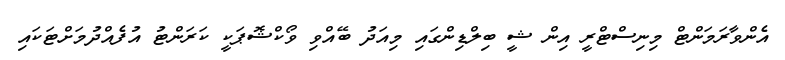
އެންވާރަމަންޓް މިނިސްޓްރީ އިން ޝީ ބިލްޑިންގައި މިއަދު ބޭއްވި ވޯކްޝޮޕަކީ ކަރަންޓު އުފެއްދުމަށްޓަކައި